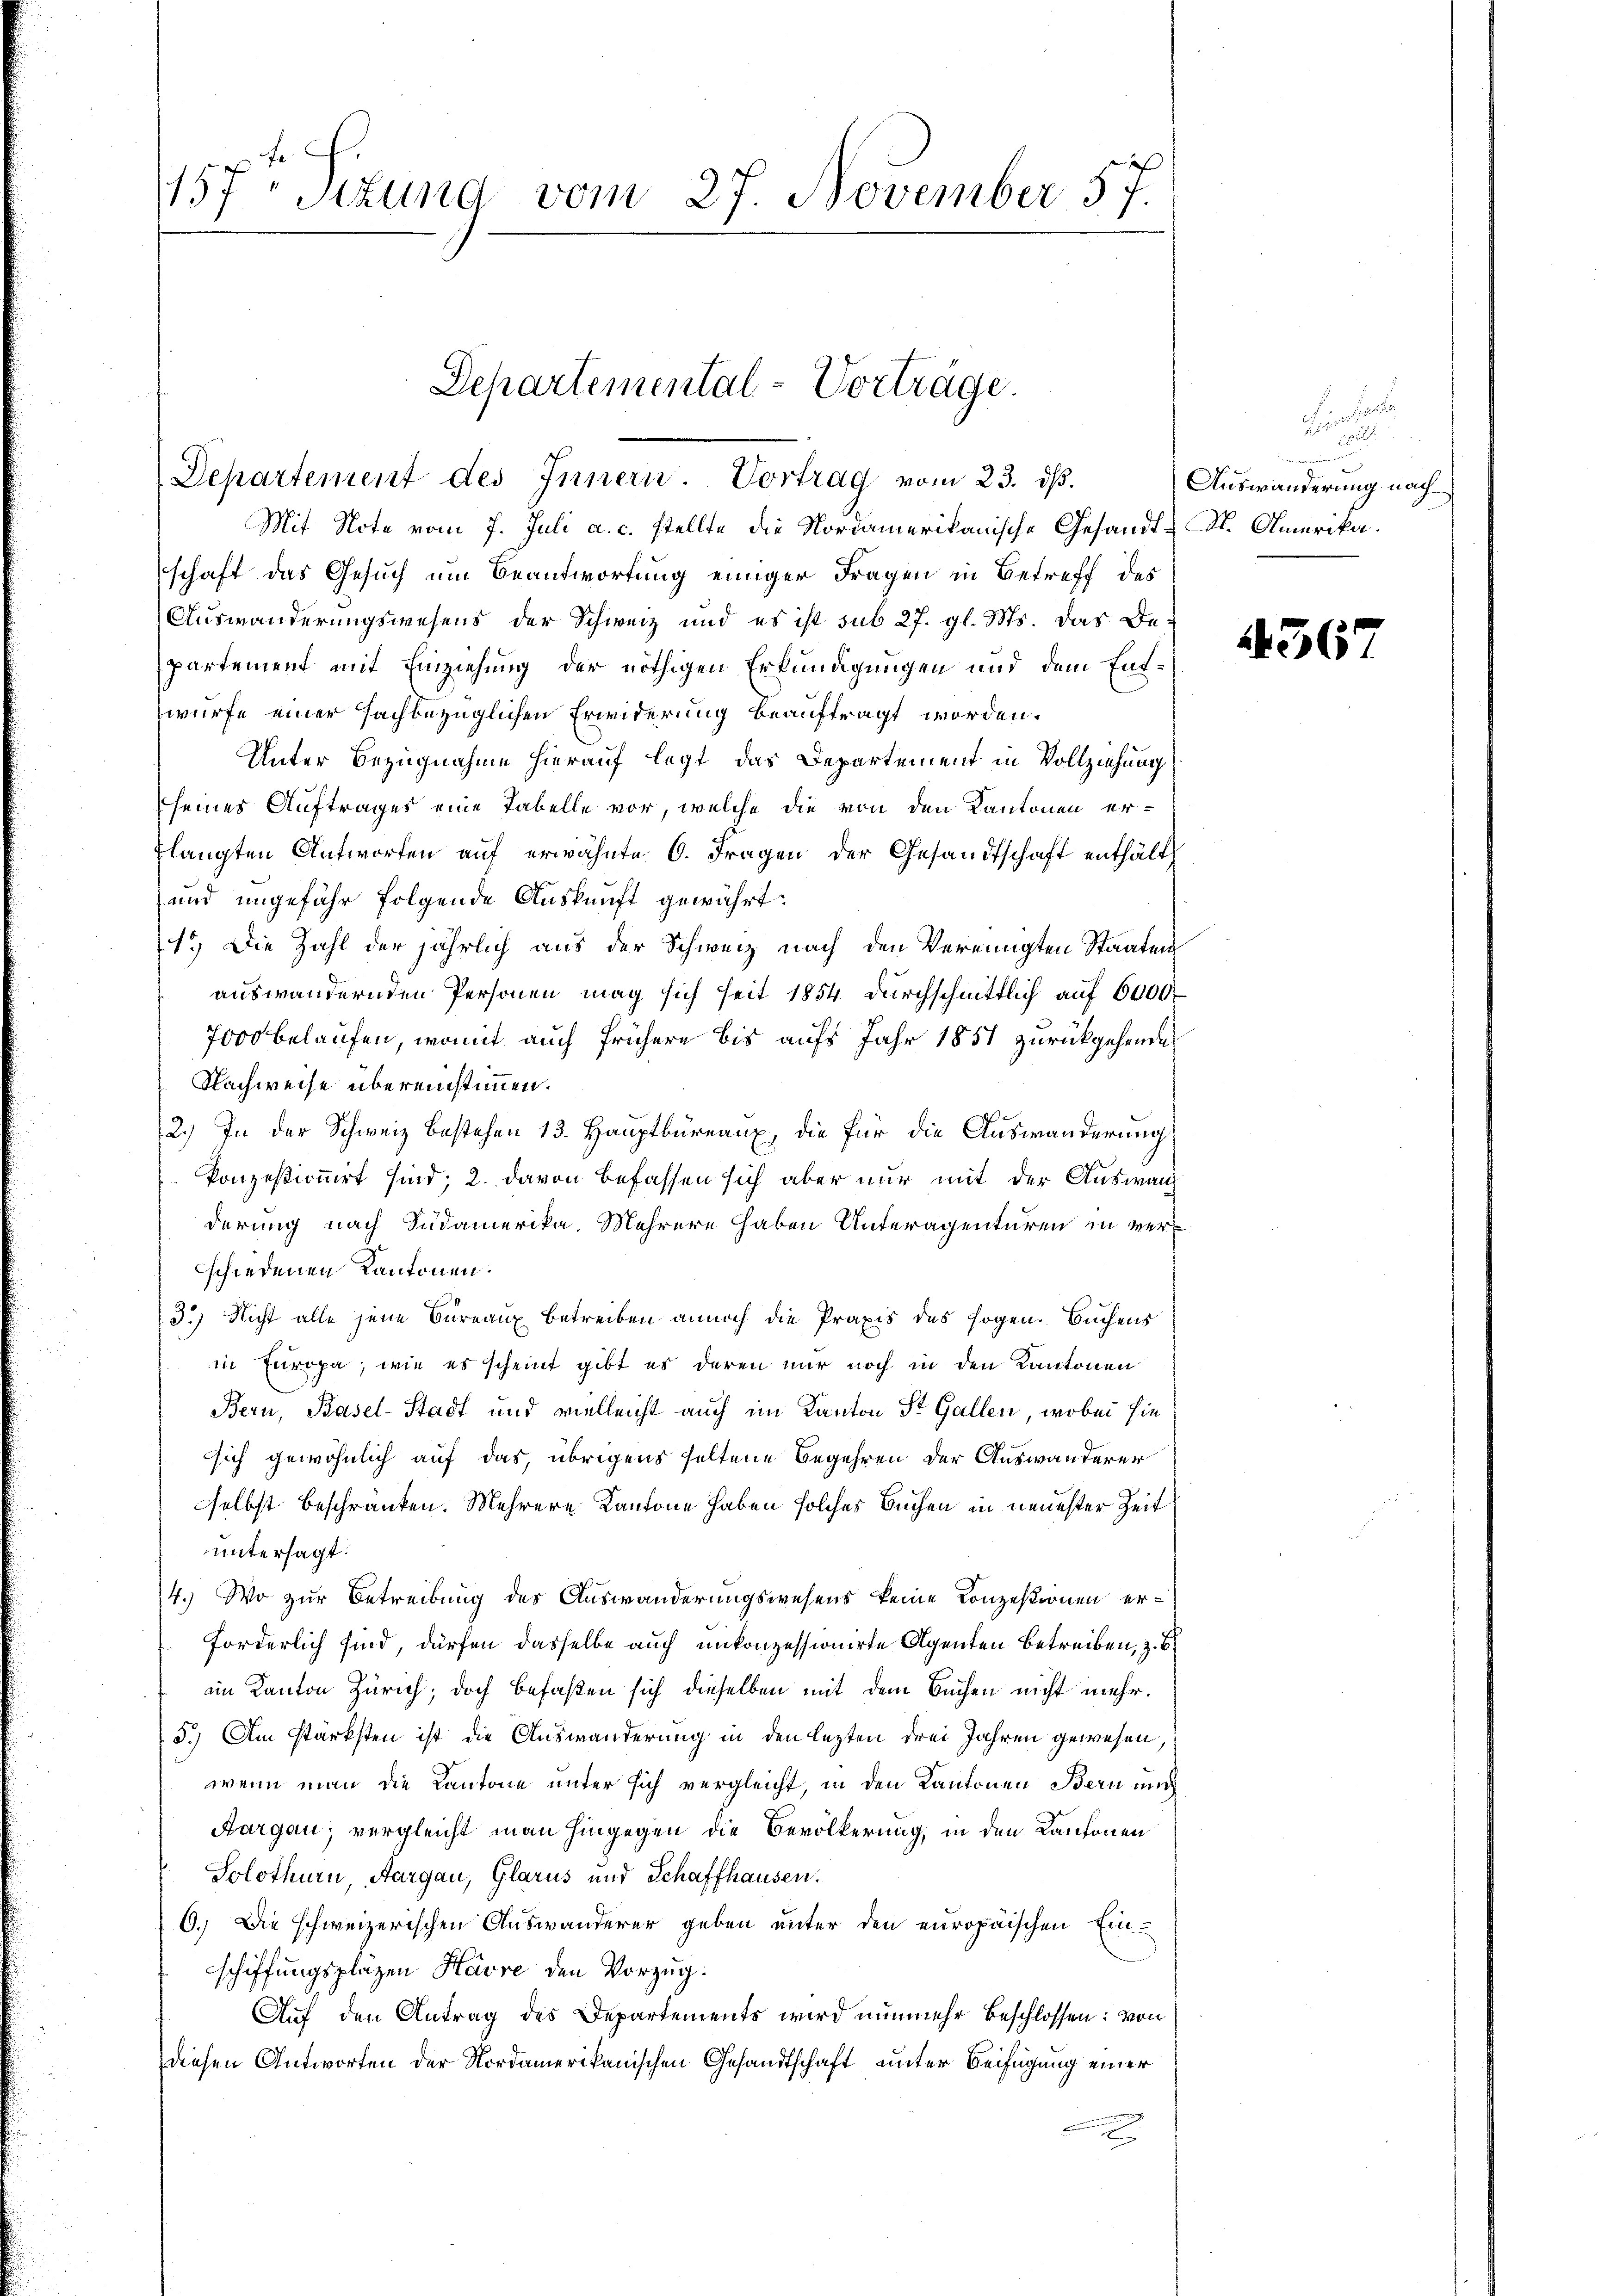
157. Stund vom 27. November 57.

Departement des Innern. Vortrag vom 23. ds.

Departemental-Vorträge.

Mit Note vom 7. Juli a. c. stellte die Nordamerikanische Gesandt-St. Amerika.
schaft das Gesuch um Beantwortung einiger Fragen in Betreff des
Auswanderungswesens der Schweiz und es ist sub 27. gl. Ms. das De-
partement mit Einziehung der nöthigen Erkundigungen und dem Entwürfe einer sachbezüglichen Erwiderung beauftragt worden.
Unter Bezugnahme hierauf legt das Departement in Vollziehung
seines Auftrages eine Tabelle vor, welche die von den Kantonen er-
Elangten Antworten auf erwähnte 6. Fragen der Gesandtschaft enthält
und ungefähr folgende Auskunft gewährt:
1.) Die Zahl der jährlich aus der Schweiz nach den Vereinigten Staaten
auswandernden Personen mag sich seit 1854 durchschnittlich auf 6000
7000 belaufen, womit auch frühere bis aufs Jahr 1851 zurückgehende
Nachweise übereinstimmen.
2.) In der Schweiz bestehen 13. Hauptbureaux, die für die Auswanderung
konzesionirt sind; 2. davon befassen sich aber nur mit der Auswan
derung nach Südamerika. Mehrere haben Unteragenturen in verschiedenen Kantonen.
3.) Nicht alle jene Bureaux betreiben annoch die Praxis des sogen Buchens
in Europa, wie es scheint gibt es deren nur noch in den Kantonen
Bern, Basel-Stadt und vielleicht auch im Kanton St. Gallen, wobei sie
sich gewöhnlich auf das, übrigens seltene Begehren der Auswanderer
selbst beschränken. Mehrere Kantone haben solches Buchen in neuester Zeit
untersagt.
4. Wo zur Betreibung des Auswanderungswesens keine Konzessionen erforderlich sind, dürfen dasselbe auch unkonzessionirte Agenten betreiben, z. B
im Kanton Zürich, doch befaßen sich dieselben mit dem Buchen nicht mehr.
5.) Am stärksten ist die Auswanderung in den lezten drei Jahren gewesen,
wenn man die Kantone unter sich vergleicht, in den Kantonen Bern nich
Aargau; vergleicht man hingegen die Bevölkerung, in den Kantonen
Solothurn, Aargau, Glarus und Schaffhausen.
6.) Die schweizerischen Auswanderer geben unter den europaischen Einschiffungsplazen Havre den Vorzug:
Auf den Antrag des Departements wird nunmehr beschlossen: von
diesen Antworten der Nordamerikanischen Gesandtschaft unter Beifügung einer
t

1
Auswänderung nach

236